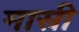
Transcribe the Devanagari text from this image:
मास्री